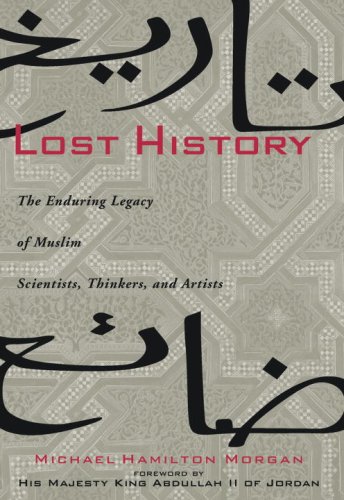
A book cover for Lost History: The Enduring Legacy of Muslim Scientists, Thinkers, and Artists; Michael H. Morgan; Biographies & Memoirs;